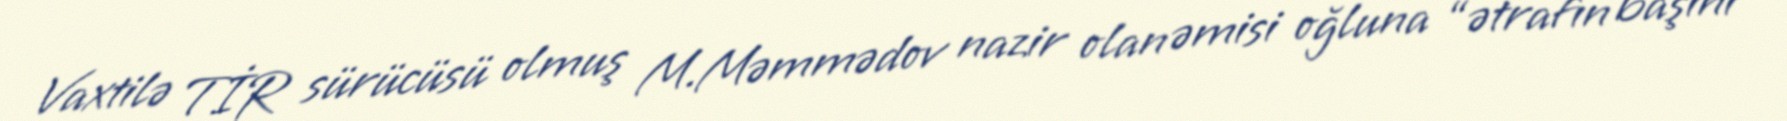
Vaxtilə TİR sürücüsü olmuş M.Məmmədov nazir olan əmisi oğluna “ətrafın başını